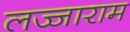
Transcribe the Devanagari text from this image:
लज्जाराम